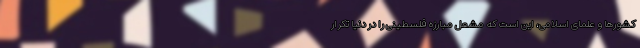
کشورها و علمای اسلامی، این است که مشعل مبارزه فلسطینی را در دنیا تکرار